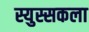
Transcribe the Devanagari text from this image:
स्युस्सकला